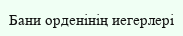
Бани орденінің иегерлері